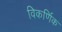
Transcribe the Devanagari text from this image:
विकर्णिक